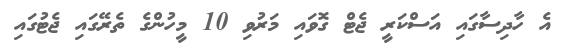
އެ ހާދިސާގައި އަސްކަރީ ޖެޓް ގޮވައި މަރުވި 10 މީހުންގެ ތެރޭގައި ޖެޓުގައި